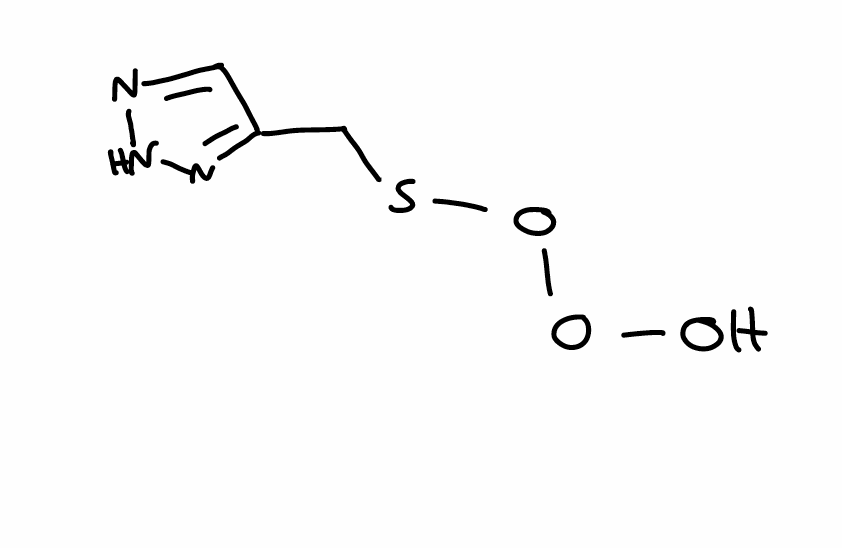
Simplified molecular-input line-entry system (SMILES) notation of the given molecule:
C1=NNN=C1CSOOO